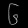
Digit: ၆